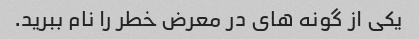
یکی از گونه های در معرض خطر را نام ببرید.